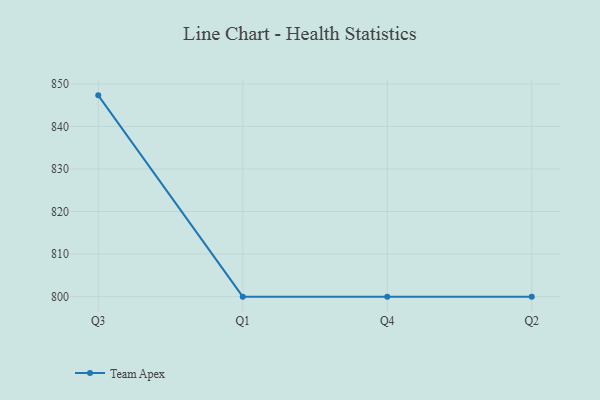
{"axis": {"x": "Quarter", "y": "Conversion Rate (%)"}, "legend": ["Team Apex"], "data": [{"x": "Q3", "y": 847.3, "type": "Team Apex"}, {"x": "Q1", "y": 800, "type": "Team Apex"}, {"x": "Q4", "y": 800, "type": "Team Apex"}, {"x": "Q2", "y": 800, "type": "Team Apex"}]}